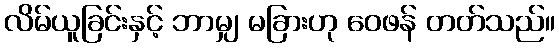
လိမ်ယူခြင်းနှင့် ဘာမျှ မခြားဟု ဝေဖန် တတ်သည်။